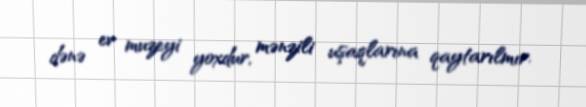
dənə ev muzeyi yoxdur, mənzili uşaqlarına qaytarılmır.